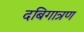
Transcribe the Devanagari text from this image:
दबिगात्रण